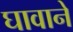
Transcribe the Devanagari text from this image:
घावाने